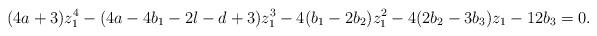
LaTeX: \begin{align*} (4a+3)z_1^4 - (4a-4b_1-2l-d+3)z_1^3 - 4(b_1-2b_2)z_1^2 - 4(2b_2-3b_3)z_1 - 12b_3 = 0.\end{align*}